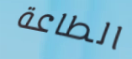
الطاعة